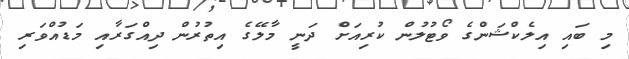
މި ބައި އިލެކްޝަންގެ ވޯޓުލުން ކުރިއަށް ދަނީ މާލޭގެ އިތުރުން ދިއްގަރާއި މަޑުއްވަރި